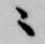
ニ